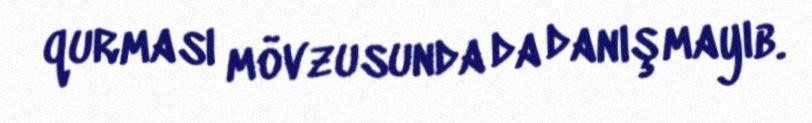
qurması mövzusunda da danışmayıb.